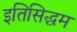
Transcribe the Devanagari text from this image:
इतिसिद्धम